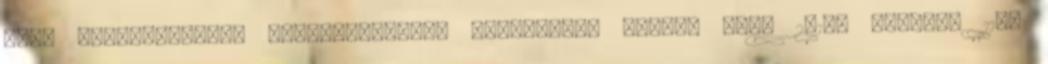
vagy időtartamának lerövidítését. --Pallerti Rabbit Hole 2014. április 11.,